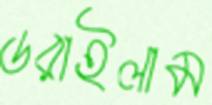
ডরাইলাম